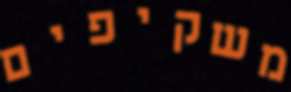
משקיפים